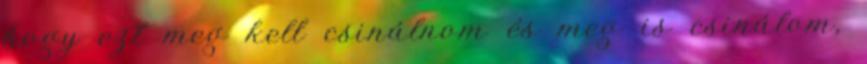
hogy ezt meg kell csinálnom és meg is csinálom,